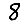
Digit: 8